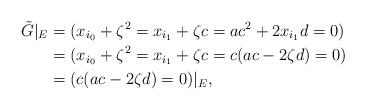
LaTeX: \begin{align*}\tilde{G}|_E &= (x_{i_0} + \zeta^2 = x_{i_1} + \zeta c = a c^2 + 2 x_{i_1} d = 0) \\&= (x_{i_0} + \zeta^2 = x_{i_1} + \zeta c = c (a c - 2 \zeta d) = 0) \\&= (c (a c - 2 \zeta d) = 0)|_E,\end{align*}